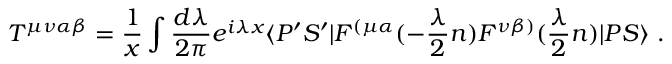
{ \cal T } ^ { \mu \nu \alpha \beta } = { \frac { 1 } { x } } \int { \frac { d \lambda } { 2 \pi } } e ^ { i \lambda x } \langle P ^ { \prime } S ^ { \prime } | F ^ { ( \mu \alpha } ( - { \frac { \lambda } { 2 } } n ) F ^ { \nu \beta ) } ( { \frac { \lambda } { 2 } } n ) | P S \rangle \ .